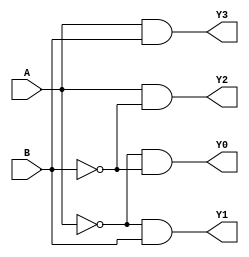
//Dataflow Modelling for 2 to 4 Decoder

module decoder_2_to_4_df(A, B, Y0, Y1, Y2, Y3);
input A, B; output Y0, Y1, Y2, Y3;
assign Y0 = ~A&~B;
assign Y1 = ~A&B;
assign Y2 = A&~B;
assign Y3 = A&B;
endmodule